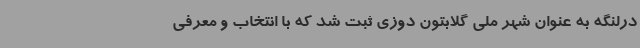
درلنگه به عنوان شهر ملی گلابتون دوزی ثبت شد که با انتخاب و معرفی